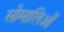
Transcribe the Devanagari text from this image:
सोमालिओं